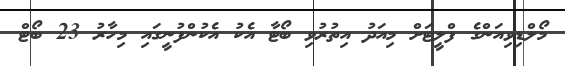
މޯލްޑިވިއަންގެ ފްލީޓަށް މިއަދު އިތުރުވި ބޯޓާ އެކު އެކުންފުނީގައި މިހާރު 23 ބޯޓް